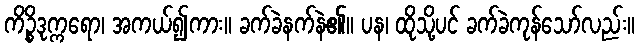
ကိဉ္စိဒုက္ကရော၊ အကယ်၍ကား။ ခက်ခဲနက်နဲ၏။ ပန၊ ထိုသို့ပင် ခက်ခဲကုန်သော်လည်း။